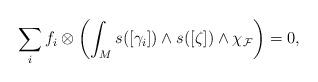
LaTeX: \begin{align*}\displaystyle \sum_if_i\otimes \left( \int_M s([\gamma_i]) \wedge s([\zeta])\wedge\chi_{\mathcal{F}}\right)=0,\end{align*}